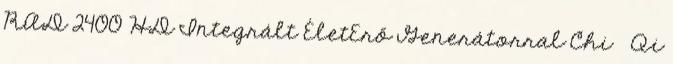
RAD 2400 HD Integrált ÉletErő Generátorral Chi Qi